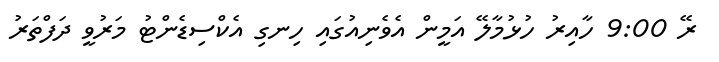
ރޭ 9:00 ހާއިރު ހުޅުމާލޭ އަމީން އެވެނިއުގައި ހިނގި އެކްސިޑެންޓު މަރުވީ ދަފްތަރު